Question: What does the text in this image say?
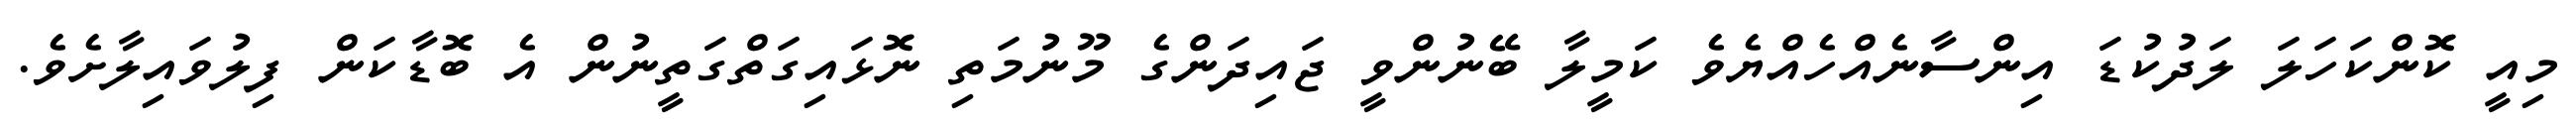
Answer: މިއީ ކޮންކަހަލަ ލަދުކުޑަ އިންސާނެއްހެއްޔެވެ ކަމީލާ ބޭނުންވީ ޖައިދަންގެ މޫނުމަތި ނޮޅައިގަތްގަތީނުން އެ ބޮޑާކަން ފިލުވައިލާށެވެ.